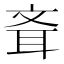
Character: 斊